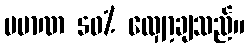
ပမာဏ 50% လျှော့ချသည်။